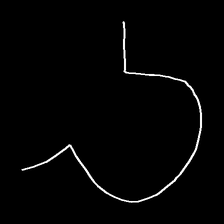
Glyph: weave